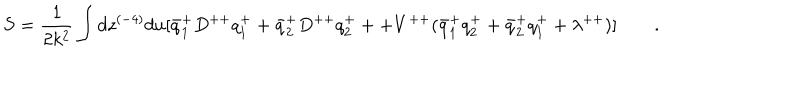
LaTeX: S = { \frac { 1 } { 2 k ^ { 2 } } } \int d z ^ { ( - 4 ) } d u [ \bar { q } _ { 1 } ^ { + } D ^ { + + } q _ { 1 } ^ { + } + \bar { q } _ { 2 } ^ { + } D ^ { + + } q _ { 2 } ^ { + } + + V ^ { + + } ( \bar { q } _ { 1 } ^ { + } q _ { 2 } ^ { + } + \bar { q } _ { 2 } ^ { + } q _ { 1 } ^ { + } + \lambda ^ { + + } ) ] \qquad .